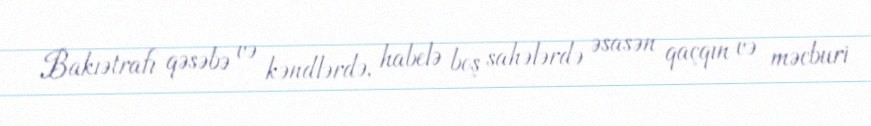
Bakıətrafı qəsəbə və kəndlərdə, habelə boş sahələrdə əsasən qaçqın və məcburi